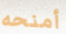
أمنحه